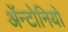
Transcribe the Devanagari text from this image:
ॲन्टोनियो